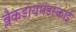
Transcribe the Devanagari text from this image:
ब्लैकडायमंडस्काई